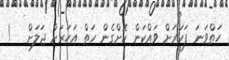
ހަތްވަނަ ފަހަރަށް ވައްކަން ކޮށްގެން ހަތް އަހަރަށް ޖަލަށް   !